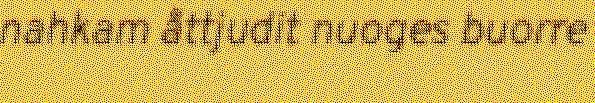
nahkam åttjudit nuoges buorre